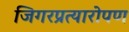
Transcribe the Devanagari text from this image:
जिगरप्रत्यारोपण